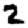
Digit: 2